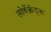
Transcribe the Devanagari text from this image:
लोवेंक्रेंड्स